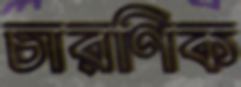
চারণিক